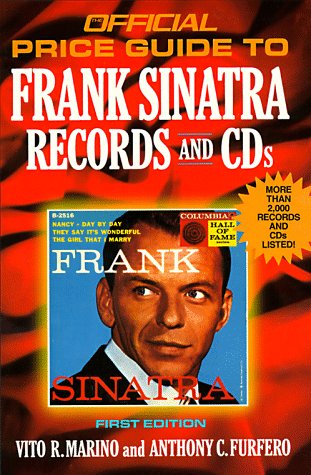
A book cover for Frank Sinatra Records and CDs, 1st edition (Official Price Guide to Frank Sinatra Collectibles); Vito R. Marino; Crafts, Hobbies & Home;